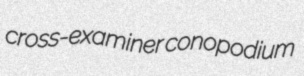
cross-examiner conopodium